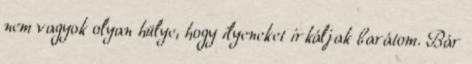
nem vagyok olyan hülye, hogy ilyeneket irkáljak barátom. Bár